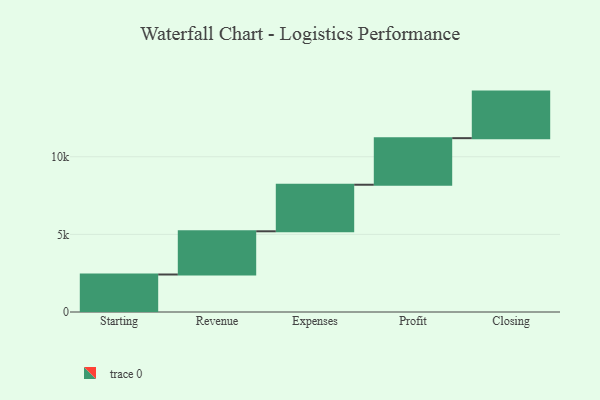
{"axis": {"x": "Step", "y": "Value"}, "legend": [""], "data": [{"x": "Starting", "y": 2416.0, "type": ""}, {"x": "Revenue", "y": 2784.0, "type": ""}, {"x": "Expenses", "y": 3000, "type": ""}, {"x": "Profit", "y": 3000, "type": ""}, {"x": "Closing", "y": 3000, "type": ""}]}